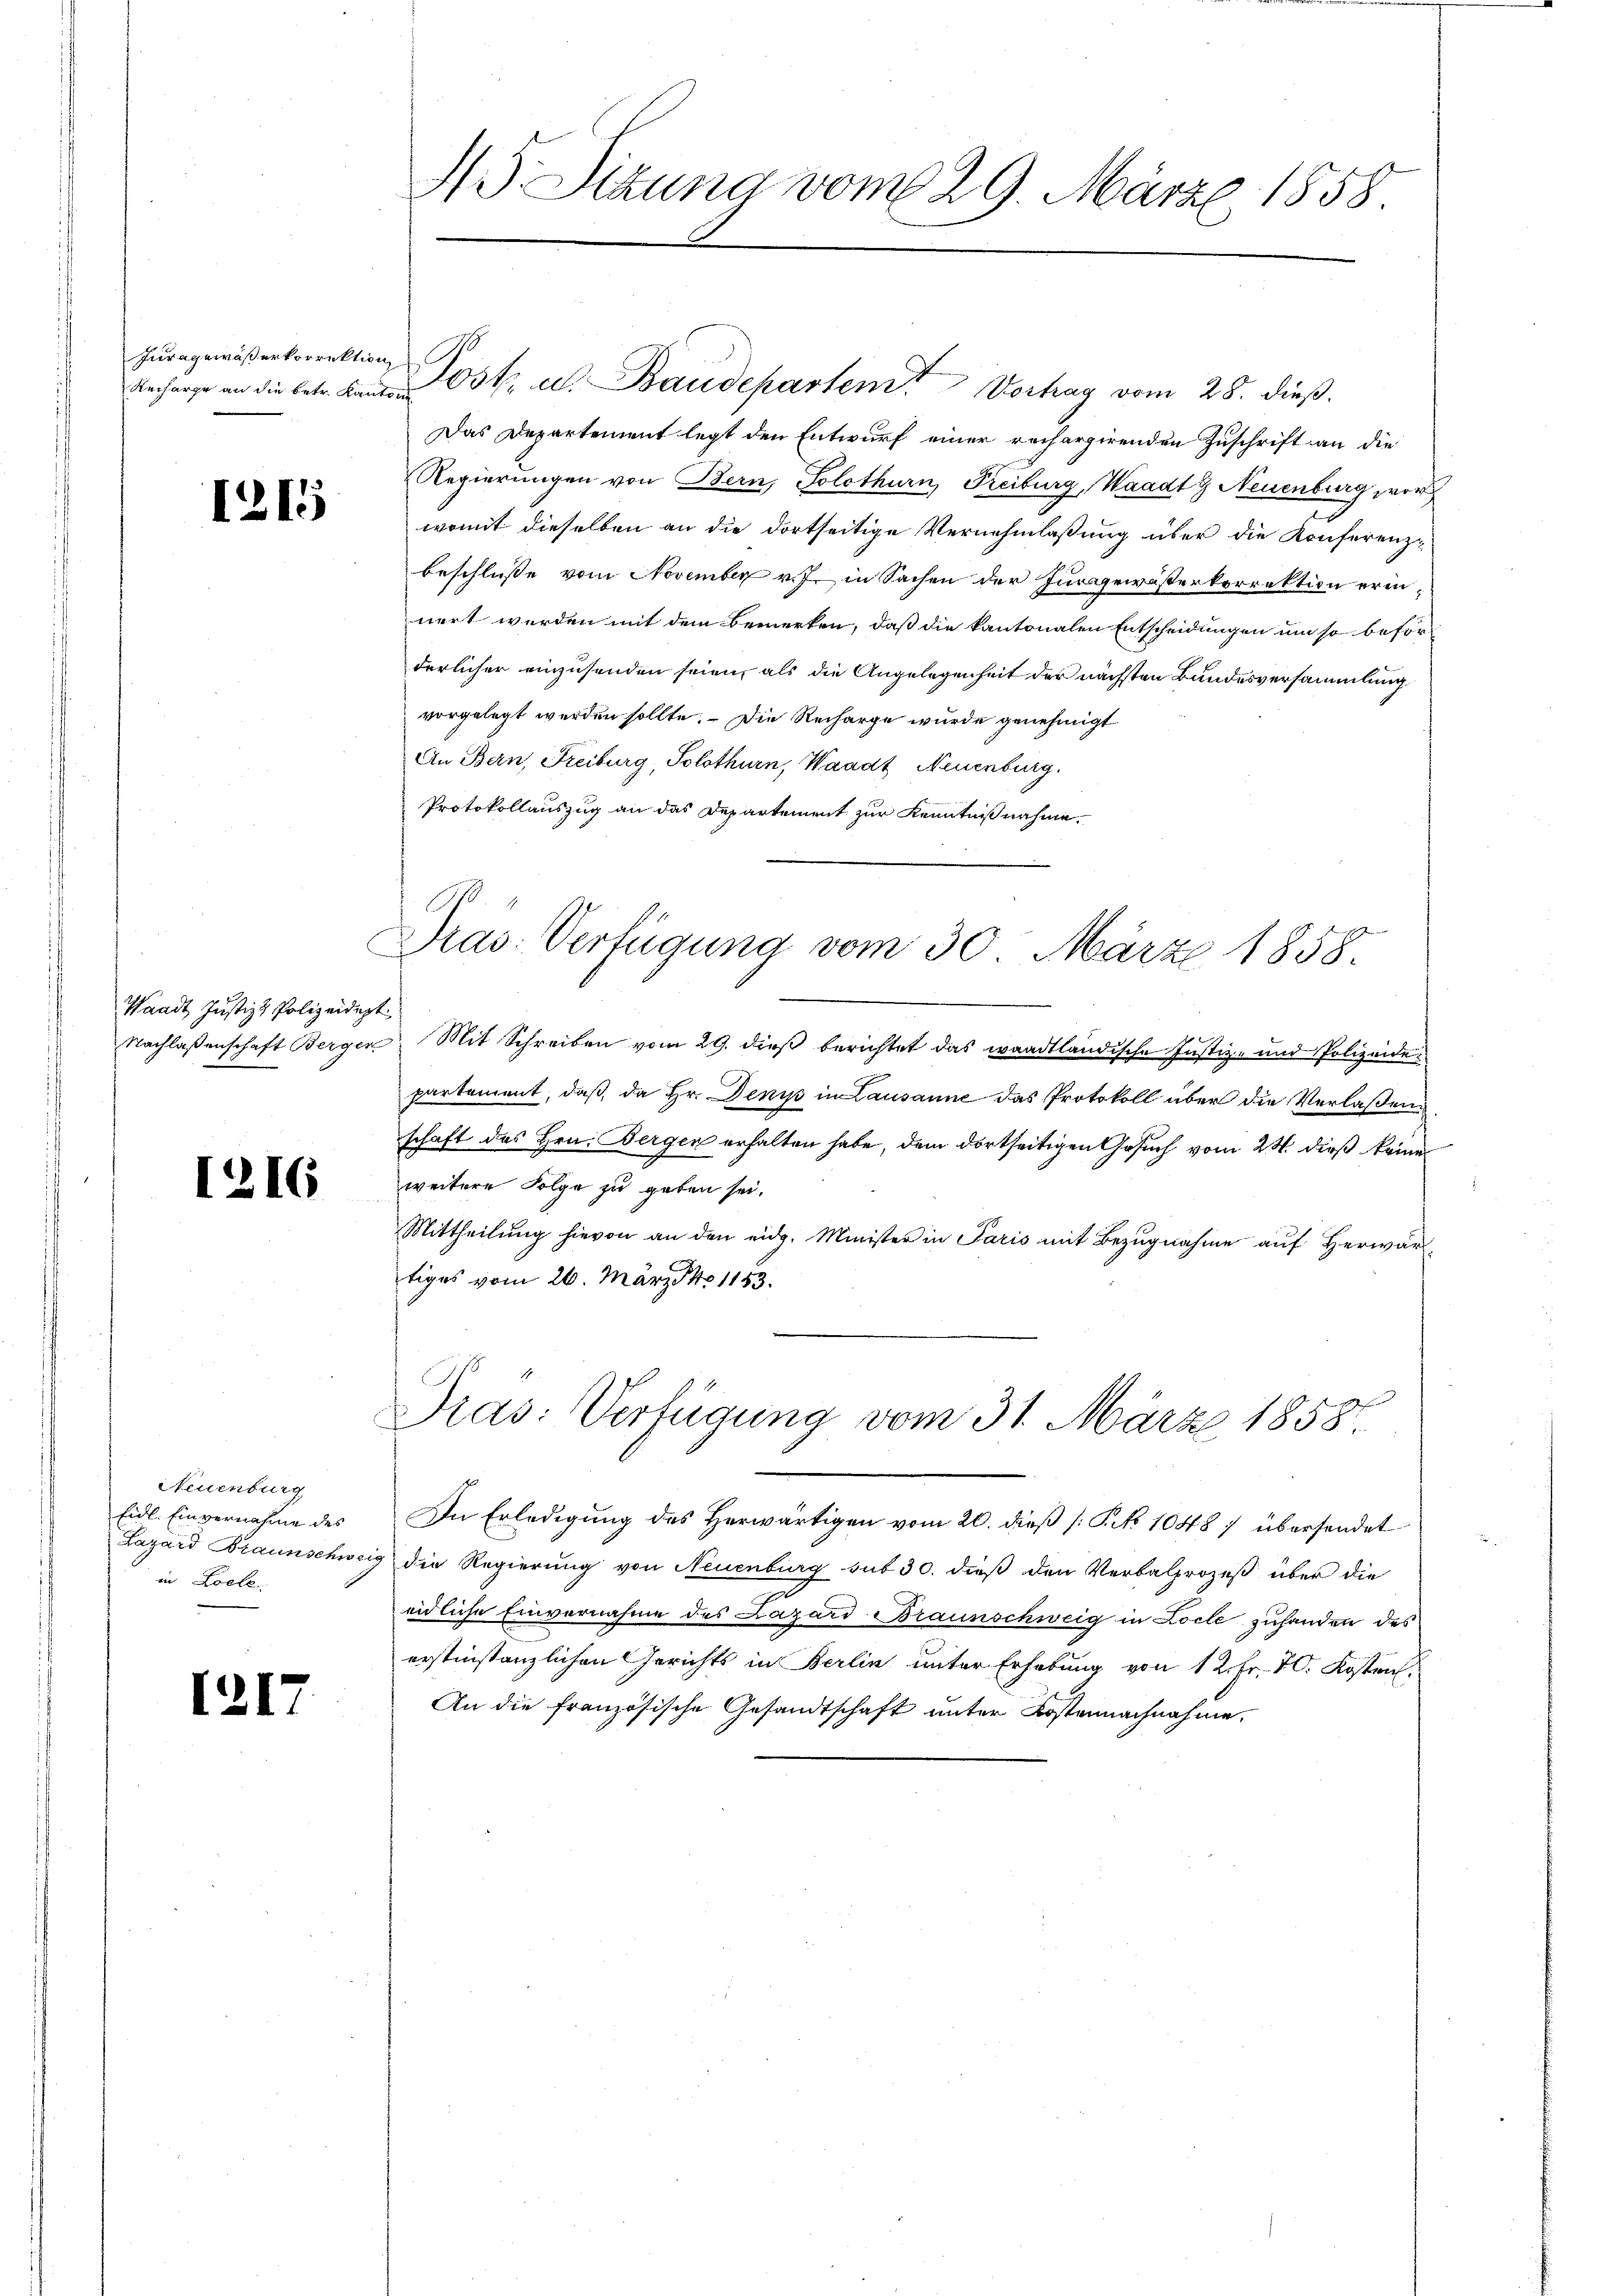
Jura gewässerkorrektion

1215

Waadt Justiz & Polizeidigt

1216

Neuenburg
Eidl. Einvernehme des
in Locke.

1217

43. Sitzung vom 29. März 1858.

Recharge an die betr. Band Post u. Baudeparten Vortrag vom 28. dieß.
Das Departement legt den Entwurf einer rechargirenden Zuschrift an die
Regierungen von Bern, Solothurn, Freiburg, Waadt Neuenburg vor
womit dieselben an die dortseitige Vernehmlassung über die Konferenz-
beschlüsse vom November v. J. in Sachen der Juragewässerkorrektion erinnert werden mit dem Bemerken, daß die kantonalen Entscheidungen um so beförderlicher einzusenden seien, als die Angelegenheit der nächsten Bundesversammlung
vorgelegt werden sollte. Die Recharge wurde genehmigt
An Bern, Freiburg, Solothurn, Waadt, Neuenburg.
Protokollauszug an das Departement zur Kenntnißnahme,

o
Dras: Verfügung vom 30. März 1858.

Pras: Verfügung vom 31. März 1858.

In Erledigung des Herwärtigen vom 20. dieß (: P. No 1048 / übersendet
Lazard Braunschweig die Regierung von Neuenburg sub 30. dieß den Verbalprozeß über die
eidliche Einvernahme des Lazard Braunschweig in Locle zuhanden des
erstinstanzlichen Gerichts in Berlin unter Erhebung von 12. Fr. 10. Kosten.
An die französische Gesandtschaft unter Kostennachnahme,

Nachlaßenschaft Berger, Mit Schreiben vom 29. dieß berichtet das waadtländische Justiz- und Polizeidepartement, daß, da Hr. Denis in Lausanne das Protokoll über die Verlaßenschaft des Hrn. Bergen erhalten habe, dem dortseitigen Gesuch vom 24. dieß keine
weitere Folge zu geben sei.
Mittheilung hievon an den eidg. Minister in Paris mit Bezugnahme auf Herwär
tiges vom 20. März 181183.